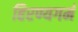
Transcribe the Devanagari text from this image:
हिरण्यगर्म